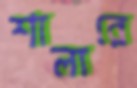
শালারে